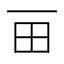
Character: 𰢴